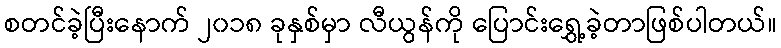
စတင်ခဲ့ပြီးနောက် ၂၀၁၈ ခုနှစ်မှာ လီယွန်ကို ပြောင်းရွှေ့ခဲ့တာဖြစ်ပါတယ်။